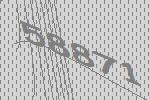
58871